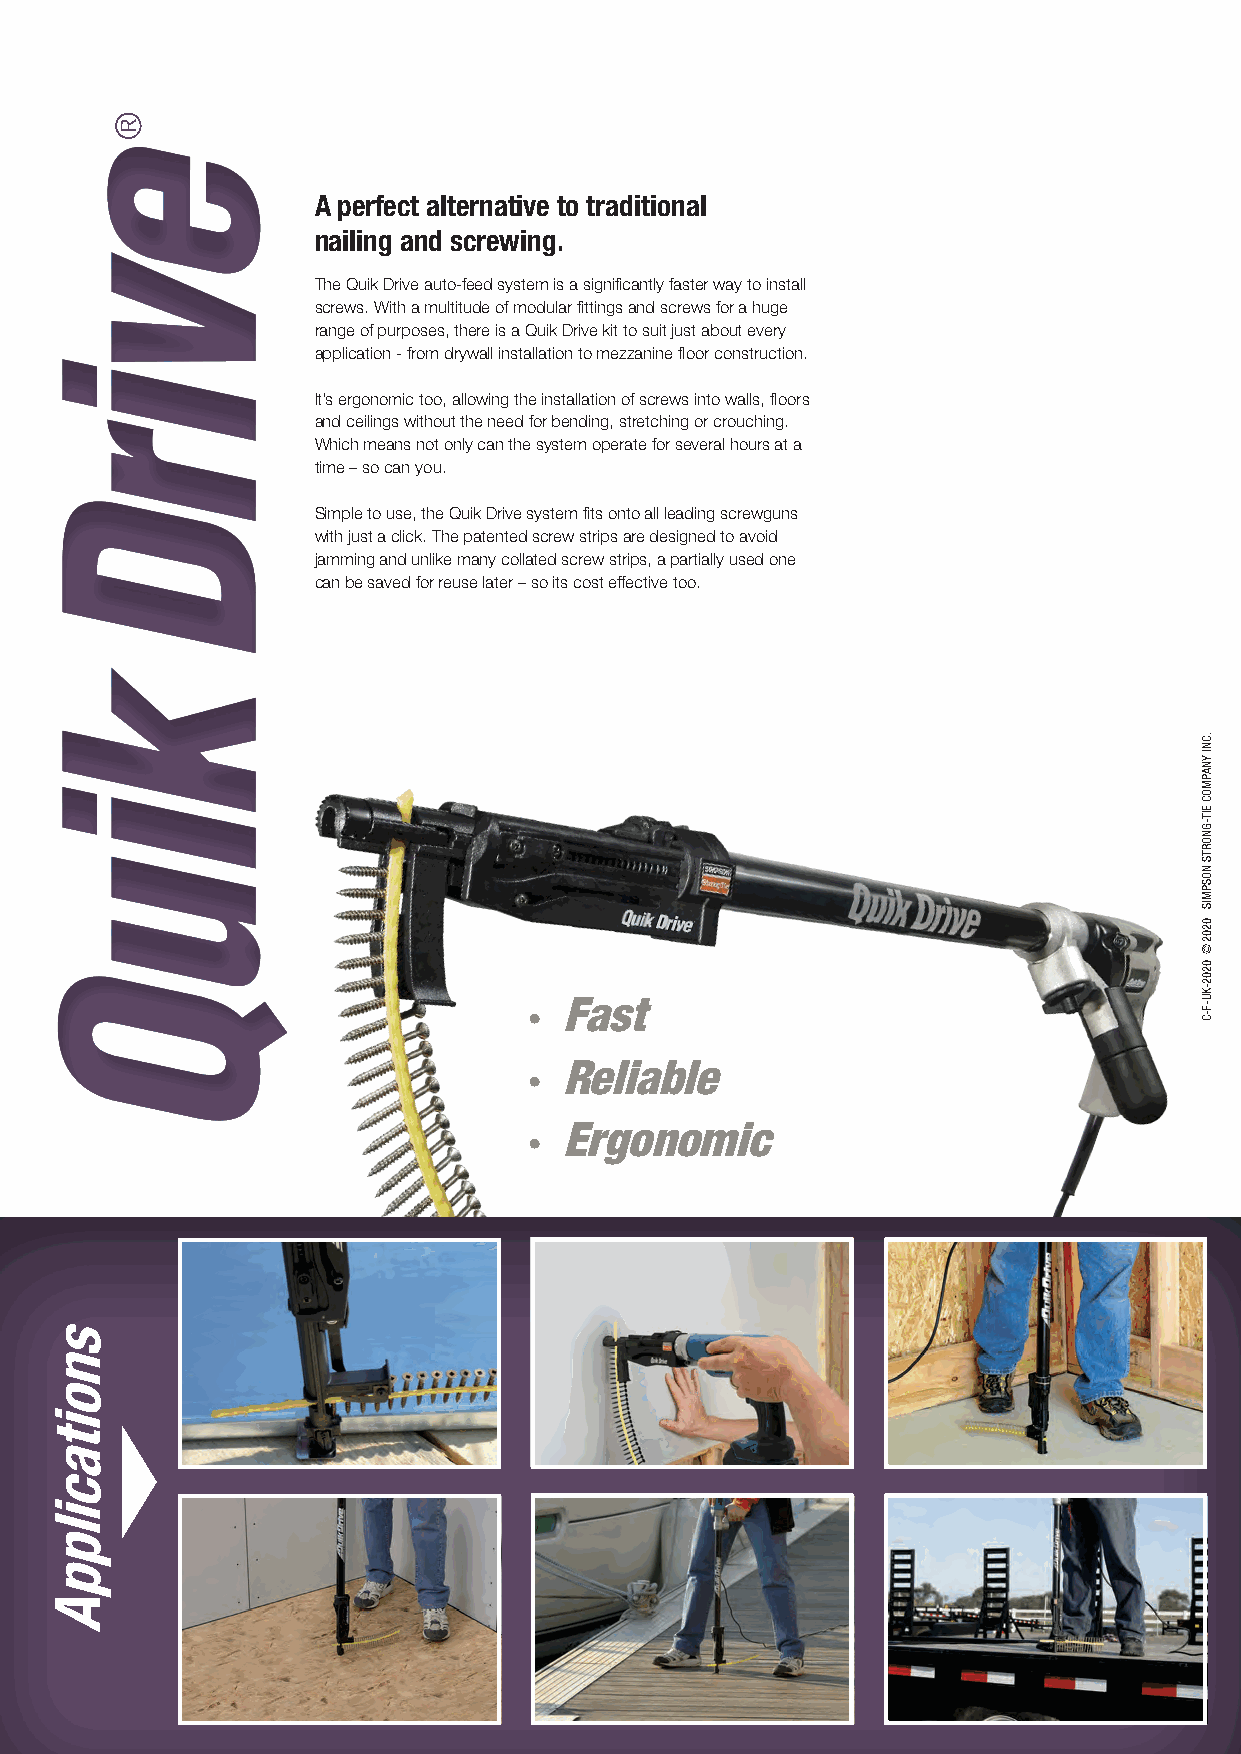
A perfect alternative to traditional
 nailing and screwing.
 The Quik Drive auto-feed system is a significantly faster way to install
 screws. With a multitude of modular fittings and screws for a huge
 range of purposes, there is a Quik Drive kit to suit just about every
 application - from drywall installation to mezzanine floor construction.
 It’s ergonomic too, allowing the installation of screws into walls, floors
 and ceilings without the need for bending, stretching or crouching.
 Which means not only can the system operate for several hours at a
 time – so can you.
 Simple to use, the Quik Drive system fits onto all leading screwguns
 with just a click. The patented screw strips are designed to avoid
 jamming and unlike many collated screw strips, a partially used one
 can be saved for reuse later – so its cost effective too.
 • Fast
 • Reliable
 • Ergonomic
 144
 144
 snoitacilppA
 ®
 .CNI
 YNAPMOC
 EIT-GNORTS
 NOSPMIS
 0202©
 0202-KU-F-C